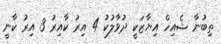
ތިބުނާ ޝެއިހް އިޔާޒަކީ ދުވާލުކު 4 އިރު ކާއިރު 3 އިރު ކާނީ